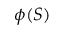
\phi ( S )